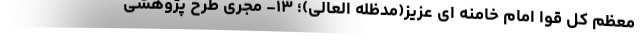
معظم کل قوا امام خامنه ای عزیز(مدظله العالی)؛ ۱۳- مجری طرح پژوهشی